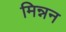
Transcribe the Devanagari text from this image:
मिन्नन